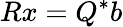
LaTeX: Rx=Q^{\ast}b